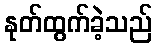
နုတ်ထွက်ခဲ့သည်